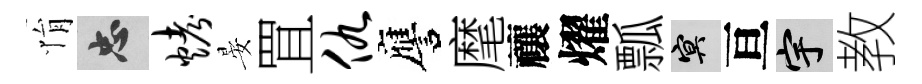
悁忠烤晏罝仇譍麾禳燿瓢冥亘宇教